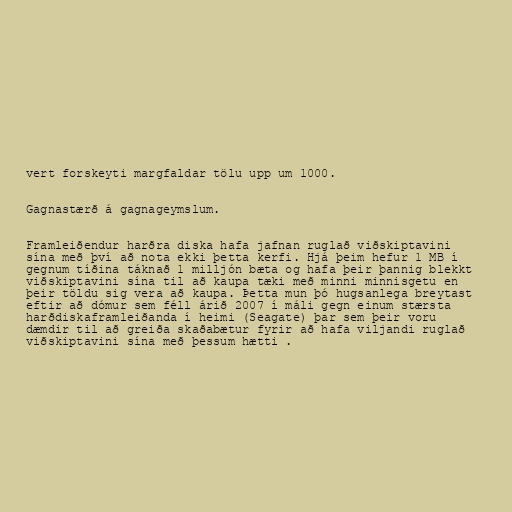
vert forskeyti margfaldar tölu upp um 1000.

Gagnastærð á gagnageymslum.

Framleiðendur harðra diska hafa jafnan ruglað viðskiptavini
sína með því að nota ekki þetta kerfi. Hjá þeim hefur 1 MB í
gegnum tíðina táknað 1 milljón bæta og hafa þeir þannig blekkt
viðskiptavini sína til að kaupa tæki með minni minnisgetu en
þeir töldu sig vera að kaupa. Þetta mun þó hugsanlega breytast
eftir að dómur sem féll árið 2007 í máli gegn einum stærsta
harðdiskaframleiðanda í heimi (Seagate) þar sem þeir voru
dæmdir til að greiða skaðabætur fyrir að hafa viljandi ruglað
viðskiptavini sína með þessum hætti .